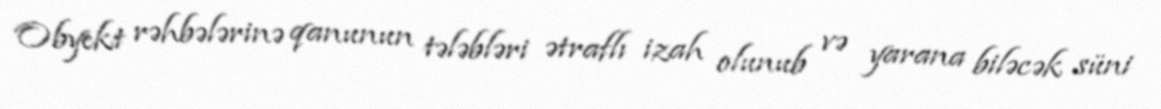
Obyekt rəhbələrinə qanunun tələbləri ətraflı izah olunub və yarana biləcək süni